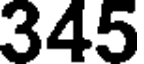
345